Cholera in India, 1862 to 1881
Year: 1862
Disease focus: Cholera
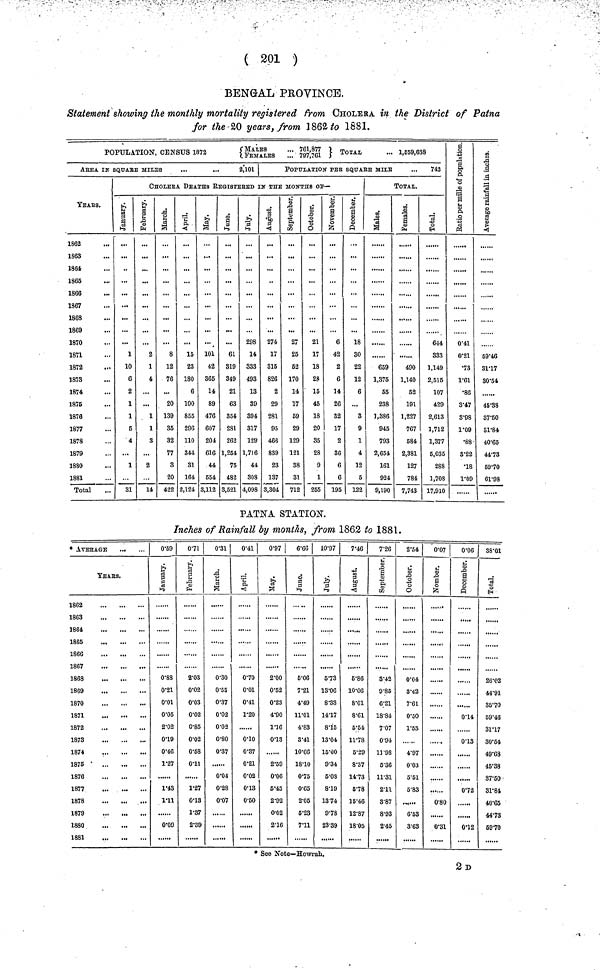
( 201 )
BENGAL PROVINCE.
Statement showing the monthly mortality registered from CHOLERA in the District of Patna
for the 20 years, from 1862 to 1881.
POPULATION, CENSUS 1872 {MALES... FEMALES... 761,877 ,797,761 } TOTAL ...1,559,638
ArEA IN SQuArE MILES
...
...
2,101
YEARS.
1862
1863
1864
1865
1866
1867
1868
1869
1870
1871
1872
1873
1874
1876
1876
1877
1878
1879
1880
1881
Total
POPULATION PER SQuArE MIlE
... 742
CHOLErA DEATHS REGISTErED In THE MONTHS OF—
January.
l
10
6
2
1
1
5
4
...
1
31
February.
2
1
4
...
...
1
1
3
...
2
14
March.
8
12
76
20
139
35
32
77
3
20
422
April.
15
23
180
6
100
855
296
110
344
31
164
2,124
May.
101
42
365
14
89
476
607
204
616
44
554
3,112
June.
61
319
349
21
63
354
281
262
1,254
75
482
3,621
July.
298
14
333
493
13
39
394
317
129
1,716
44
308
4,098
August.
274
17
315
826
2
29
281
95
466
839
23
137
3,304
September.
27
25
52
170
14
17
69
29
129
121
88
31
712
October.
21
17
18
28
15
45
18
20
35
28
9
1
255
November.
6
42
2
6
14
26
82
17
2
36
6
6
195
December.
18
30
22
12
6
...
3
9
1
4
12
5
122
TOTAL
Males.
659
1,375
55
238
1,386
945
793
2,654
161
924
9,190
Females.
490
1,140
52
191
1,227
767
584
2,381
127
784
7,743
Total.
644
333
1,149
2,515
107
429
2,613
1,712
1,377
6,035
288
1,708
17,910
Ratio per mille
of population.
0.41
0.21
•73
1.61
•86
3.47
3.98
1.09
•88
3.22
•18
1.09
Average rainfall
in inches.
59.46
31.17
30.54
45.33
37.60
31.84
40.65
44.73
69.70
61.98
PATNA STATION.
Inches of Rainfall by months, from 1862 to 1881.
* AVERAGE
YEARS.
1862
1863
1864
1865
1866
1867
1868
1869
1870
1871
1872
1873
1874
1875
1876
1877
1878
1879
1880
1881
0.59
January.
0.88
0.21
0.01
0.05
2.02
0.19
0.46
1.27
1.43
1.11
0.09
0.71
February.
2.03
0.02
0.03
0.02
0.85
0.02
0.58
0.11
1.27
0.13
1.37
2.89
0.31
March.
0.30
0.55
0.37
0.02
0.02
0.80
0.37
0.04
0.28
0.07
0.41
April.
0.70
0.01
0.41
1.20
0.10
0.37
0.21
0.02
0.13
0.60
0.97
May.
2.00
0.52
0.23
4.90
1.16
0.13
2.59
0.06
5.45
2.92
0.02
2.16
6.66
June.
5.06
7.21
4.49
11.01
4.83
3.41
10.66
18.10
0.75
0.65
2.05
6.23
7.11
10.97
July.
5.73
13.06
8.33
14.17
8.15
13.04
15.00
9.34
5.08
8.19
13.74
9.78
23.39
7.46
August.
5.86
10.06
8.01
8.61
5.54
11.78
6.29
8.37
14.73
6.78
15.46
12.87
18.05
7.26
September.
3.42
9.85
6.21
18.84
7.07
0.94
11.98
6.36
11.31
2.11
8.87
8.93
2.45
2.54
October.
0.04
8.42
7.61
0.50
1.53
4.97
0.03
5.51
5.83
6.53
3.63
0.07
November.
0.80
0.31
0.06
December.
0.14
0.13
0.72
0.12
38.01
Total.
26.02
44.91
35.70
59.46
31.17
80.64
49.68
45.38
87.50
31.84
40.65
44.73
69.70
* See Note—Howrah.
2D